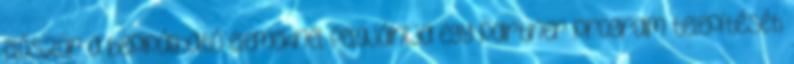
először a bepipálható elemeknél felajánlja egy partner program telepítését